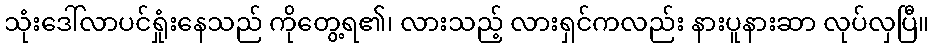
သုံးဒေါ်လာပင်ရှုံးနေသည် ကိုတွေ့ရ၏၊ လားသည့် လားရှင်ကလည်း နားပူနားဆာ လုပ်လှပြီ။